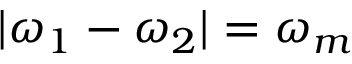
| \omega _ { 1 } - \omega _ { 2 } | = \omega _ { m }